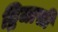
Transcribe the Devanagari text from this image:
द्विजासी